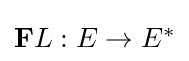
{\textstyle \mathbf {F} L:E\to E^{*}}